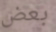
بعض